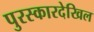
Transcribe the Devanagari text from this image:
पुरस्कारदेखिल